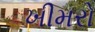
ખીમરો